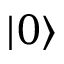
| 0 \rangle